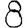
Digit: 8